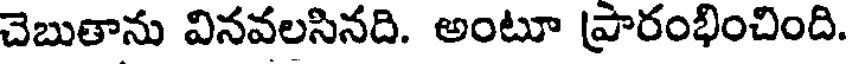
చెబుతాను వినవలసినది. అంటూ ప్రారంభించింది.